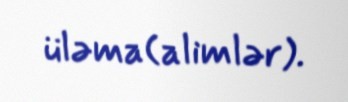
üləma(alimlər).